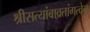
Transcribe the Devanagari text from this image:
श्रीसत्यांबाव्रतांगत्वेन